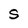
Character: S